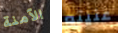
الآمنة عنيته